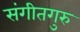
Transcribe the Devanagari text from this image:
संगीतगुरु